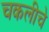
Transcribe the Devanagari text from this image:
चकलीचे